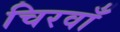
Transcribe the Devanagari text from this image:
चिरवाँ